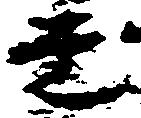
覚